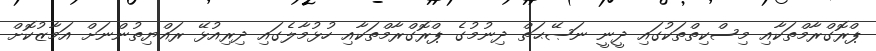
ޕްރޮގްރާމްތަކާއި މިސްކިތްތަކުގައި ދީނީ ނަޞޭޙަތް ދިނުމުގެ ޕްރޮގްރާމްތަކާއި ހުޅުމާލެގައި ދިރިއުޅޭ ރައްޔިތުންނަށް އަމާޒުކޮށް